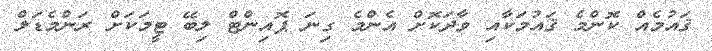
ޤައުމެއް ކޮންމެ ޤައުމަކާއި ވާދަކޮށް އެންމެ ގިނަ ޕޮއިންޓް ލިބޭ ޓީމަކަށް ރަންމެޑަލް